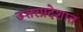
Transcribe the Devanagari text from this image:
उत्तरप्रदेशात